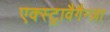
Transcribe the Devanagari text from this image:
एक्स्ट्रावैगैन्ज़ा